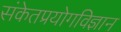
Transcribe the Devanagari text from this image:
संकेतप्रयोगविज्ञान